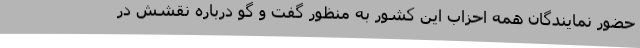
حضور نمایندگان همه احزاب این کشور به منظور گفت و گو درباره نقشش در